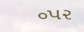
૦૫૨